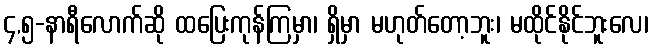
၄,၅-နာရီလောက်ဆို ထပြေးကုန်ကြမှာ၊ ရှိမှာ မဟုတ်တော့ဘူး၊ မထိုင်နိုင်ဘူးလေ၊